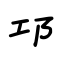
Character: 邛